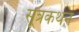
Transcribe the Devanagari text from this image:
सूत्रकथन